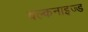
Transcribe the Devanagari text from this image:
वल्कनाइज्ड